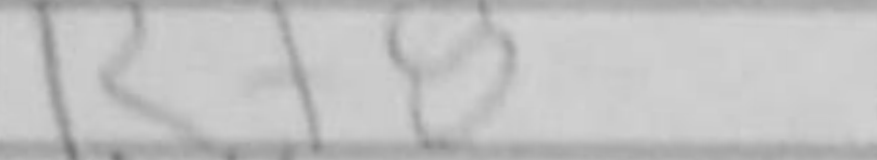
Transcription: Rf8